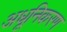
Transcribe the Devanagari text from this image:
अधूनिकरण